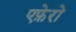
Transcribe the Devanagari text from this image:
एफ़ेरो